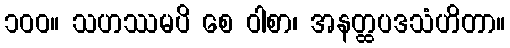
၁၀၀။ သဟဿမပိ စေ ဝါစာ၊ အနတ္ထပဒသံဟိတာ။